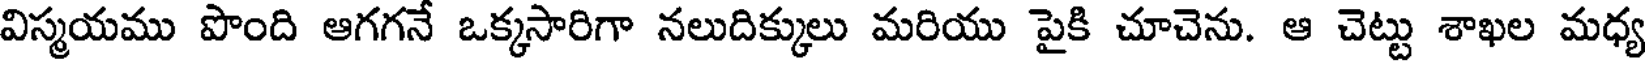
విస్మయము పొంది ఆగగనే ఒక్కసారిగా నలుదిక్కులు మరియు పైకి చూచెను. ఆ చెట్టు శాఖల మధ్య